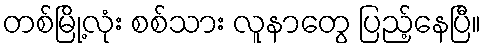
တစ်မြို့လုံး စစ်သား လူနာတွေ ပြည့်နေပြီ။